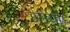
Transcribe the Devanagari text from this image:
उमेया